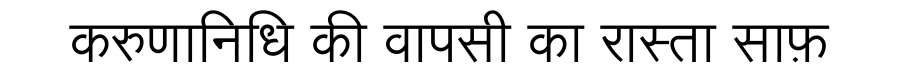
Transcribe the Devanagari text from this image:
करुणानिधि की वापसी का रास्ता साफ़